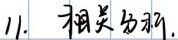
11. 相关知识.